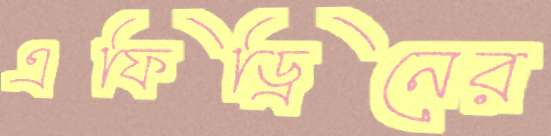
এফিড্রিনের